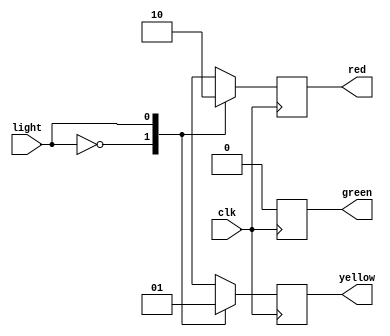

/*________________________________SEMAFORO________________________________*/
module semaforo
	(
		input wire light,	
		input wire clk, 
		output reg green,  
		output reg yellow, 
		output reg red
	);
	        
	parameter RED = 2'b00;
	parameter YELLOW = 2'b01;
	parameter GREEN = 2'b10;


	always @ (posedge clk)
		begin 
			case(light)	 
				RED: 
				begin
					red <= 1;
					yellow <= 0;
					green <= 0;
					//$display("SEMAFORO: ROJO %d AMARILLO %d VERDE %d", red, yellow, green);
				end
				YELLOW:
				begin
					red <= 0;
					yellow <= 1;
					green <= 0;	
					//$display("SEMAFORO: ROJO %d AMARILLO %d VERDE %d", red, yellow, green);
				end
				GREEN:
				begin
					red <= 0;
					yellow <= 0;
					green <= 1;
				end
				default:  
				begin
					red <= 0;
					yellow <= 0;
					green <= 0;	
					//$display("SEMAFORO: ROJO %d AMARILLO %d VERDE %d", red, yellow, green);
				end
			endcase
				
		end
endmodule